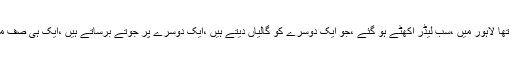
سابق وزیراعظم کا کہناتھا کہ تین دن پہلے ان کا شو دیکھا تھا لاہور میں ،سب لیڈر اکھٹے ہو گئے ،جو ایک دوسرے کو گالیاں دیتے ہیں ،ایک دوسرے پر جوتے برساتے ہیں ،ایک ہی صف میں کھڑے ہو گئے ،ان کے اصولوں کی سیاست کہاں گئی؟